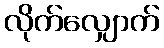
လိုက်လျှောက်